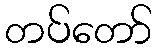
တပ်တော်